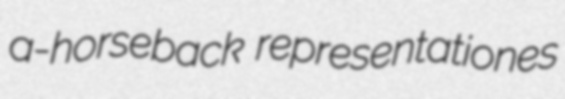
a-horseback representationes